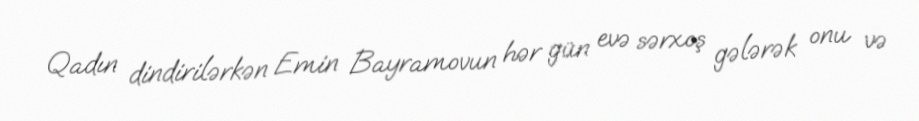
Qadın dindirilərkən Emin Bayramovun hər gün evə sərxoş gələrək onu və